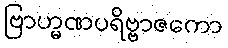
ဗြာဟ္မဏပရိဗ္ဗာဇကော